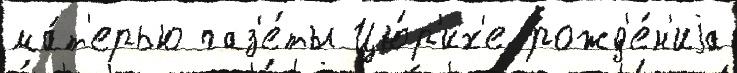
ма́т'ерью газ'е́ты Цю́р'их'е рожд'е́н'иjа